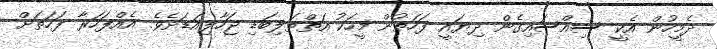
ދެމީހުން އެކީ ސިއްސައިގެން ދިޔައީ ފަހަތުން މީހަކު އަތްތަލިބަޑި ޖަހާލިއަޑަށެވެ. އެއްފަހަރާ ފަހަތަށް